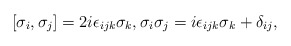
\begin{align*} [\sigma_i,\sigma_j]=2i\epsilon_{ijk}\sigma_k,\sigma_i\sigma_j=i\epsilon_{ijk}\sigma_k+\delta_{ij},\end{align*}